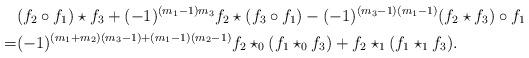
LaTeX: \begin{align*} & (f_2\circ f_1)\star f_3+(-1)^{(m_1-1)m_3}f_2\star (f_3 \circ f_1)-(-1)^{(m_3-1)(m_1-1)}(f_2\star f_3 )\circ f_1\\ =&(-1)^{(m_1+m_2)(m_3-1)+(m_1-1)(m_2-1)} f_2\star_0(f_1\star_0f_3)+ f_2\star_1(f_1\star_1 f_3). \end{align*}